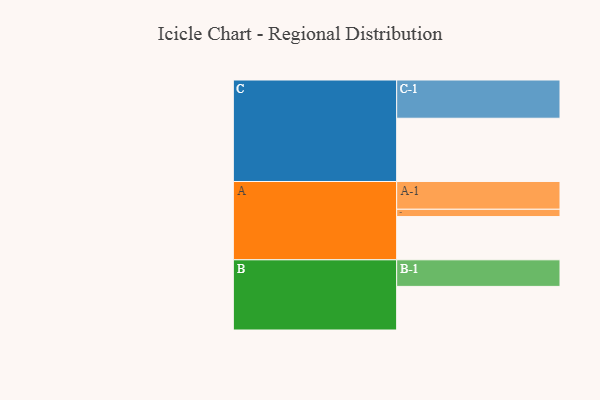
{"axis": {"x": "Segment", "y": "Value"}, "legend": ["", "A", "B", "C"], "data": [{"x": "A", "y": 330, "type": ""}, {"x": "B", "y": 333, "type": ""}, {"x": "C", "y": 483, "type": ""}, {"x": "A-1", "y": 212, "type": "A"}, {"x": "A-2", "y": 56, "type": "A"}, {"x": "B-1", "y": 203, "type": "B"}, {"x": "C-1", "y": 292, "type": "C"}]}